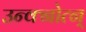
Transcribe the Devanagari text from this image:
उन्क्नोत्न्